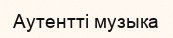
Аутентті музыка